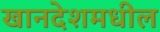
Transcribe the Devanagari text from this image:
खानदेशमधील